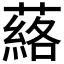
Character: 𮑗